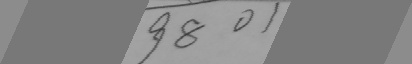
9 8 0 1